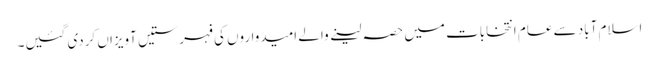
اسلام آباد سے عام انتخابات میں حصہ لینے والے امیدواروں کی فہرستیں آویزاں کردی گئیں۔